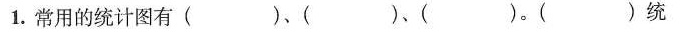
1.常用的统计图有()、()、()。()统